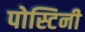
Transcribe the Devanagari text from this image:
पोस्टिनी